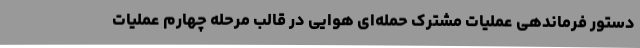
دستور فرماندهی عملیات مشترک حمله‌ای هوایی در قالب مرحله چهارم عملیات